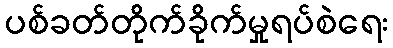
ပစ်ခတ်တိုက်ခိုက်မှုရပ်စဲရေး